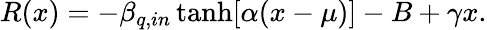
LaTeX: R(x)=-\beta_{q,in}\operatorname{tanh}[\alpha(x-\mu)]-B+\gamma x.